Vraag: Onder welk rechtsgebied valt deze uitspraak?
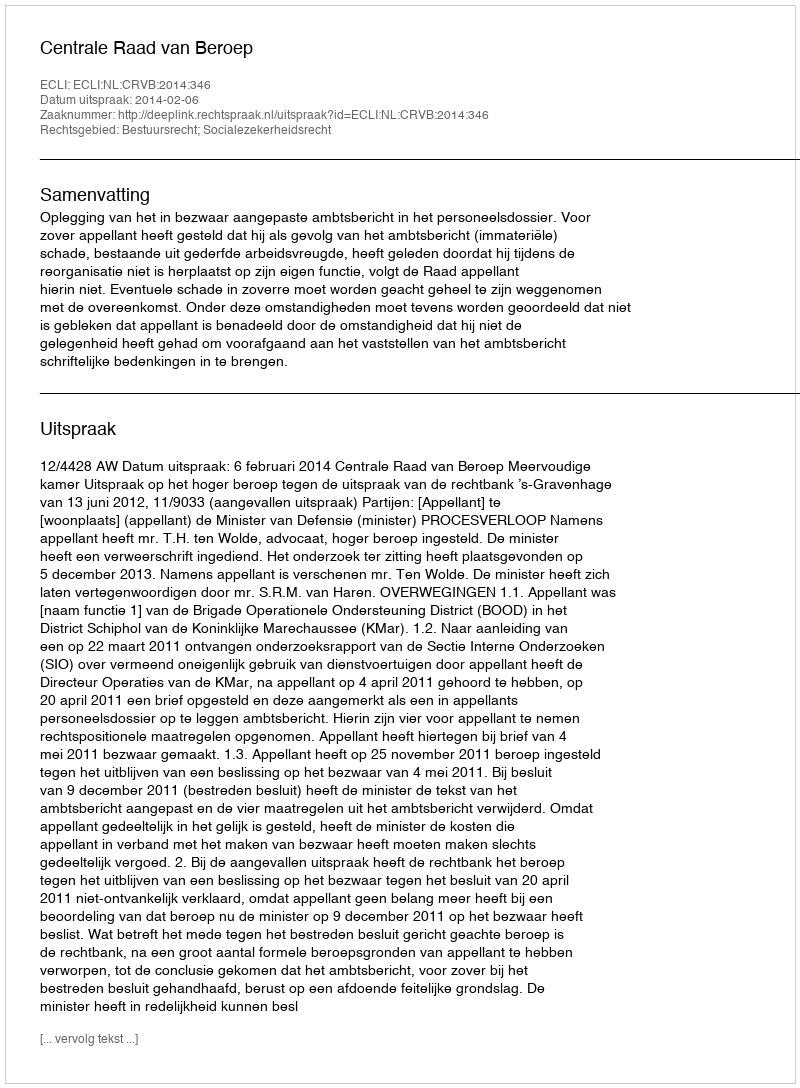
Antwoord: Bestuursrecht; Socialezekerheidsrecht